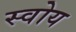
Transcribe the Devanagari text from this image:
स्वोय